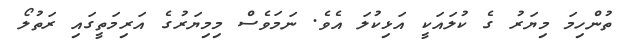
ތުންހިމަ މިޔަރު ގެ ކުލައަކީ އަޅިކުލަ އެވެ. ނަމަވެސް މިމިޔަރުގެ އަރިމަތީގައި ރަތުލޯ